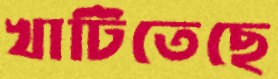
খাটিতেছে